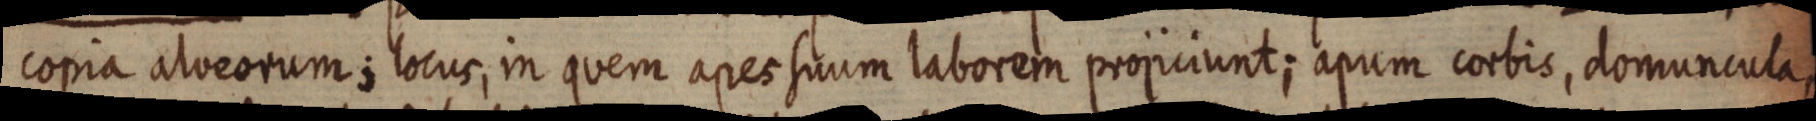
copia alveorum; locus, in quem apes suum laborem projiciunt; apum corbis, domuncula,